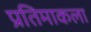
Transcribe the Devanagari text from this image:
प्रतिमाकला